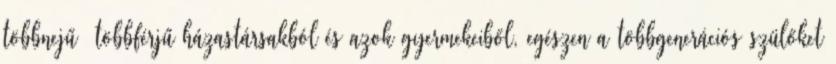
többnejű többférjű házastársakból és azok gyermekeiből, egészen a többgenerációs szülőket